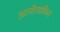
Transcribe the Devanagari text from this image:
आनीसाकिस